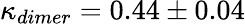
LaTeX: \kappa_{dimer}=0.44\pm 0.04